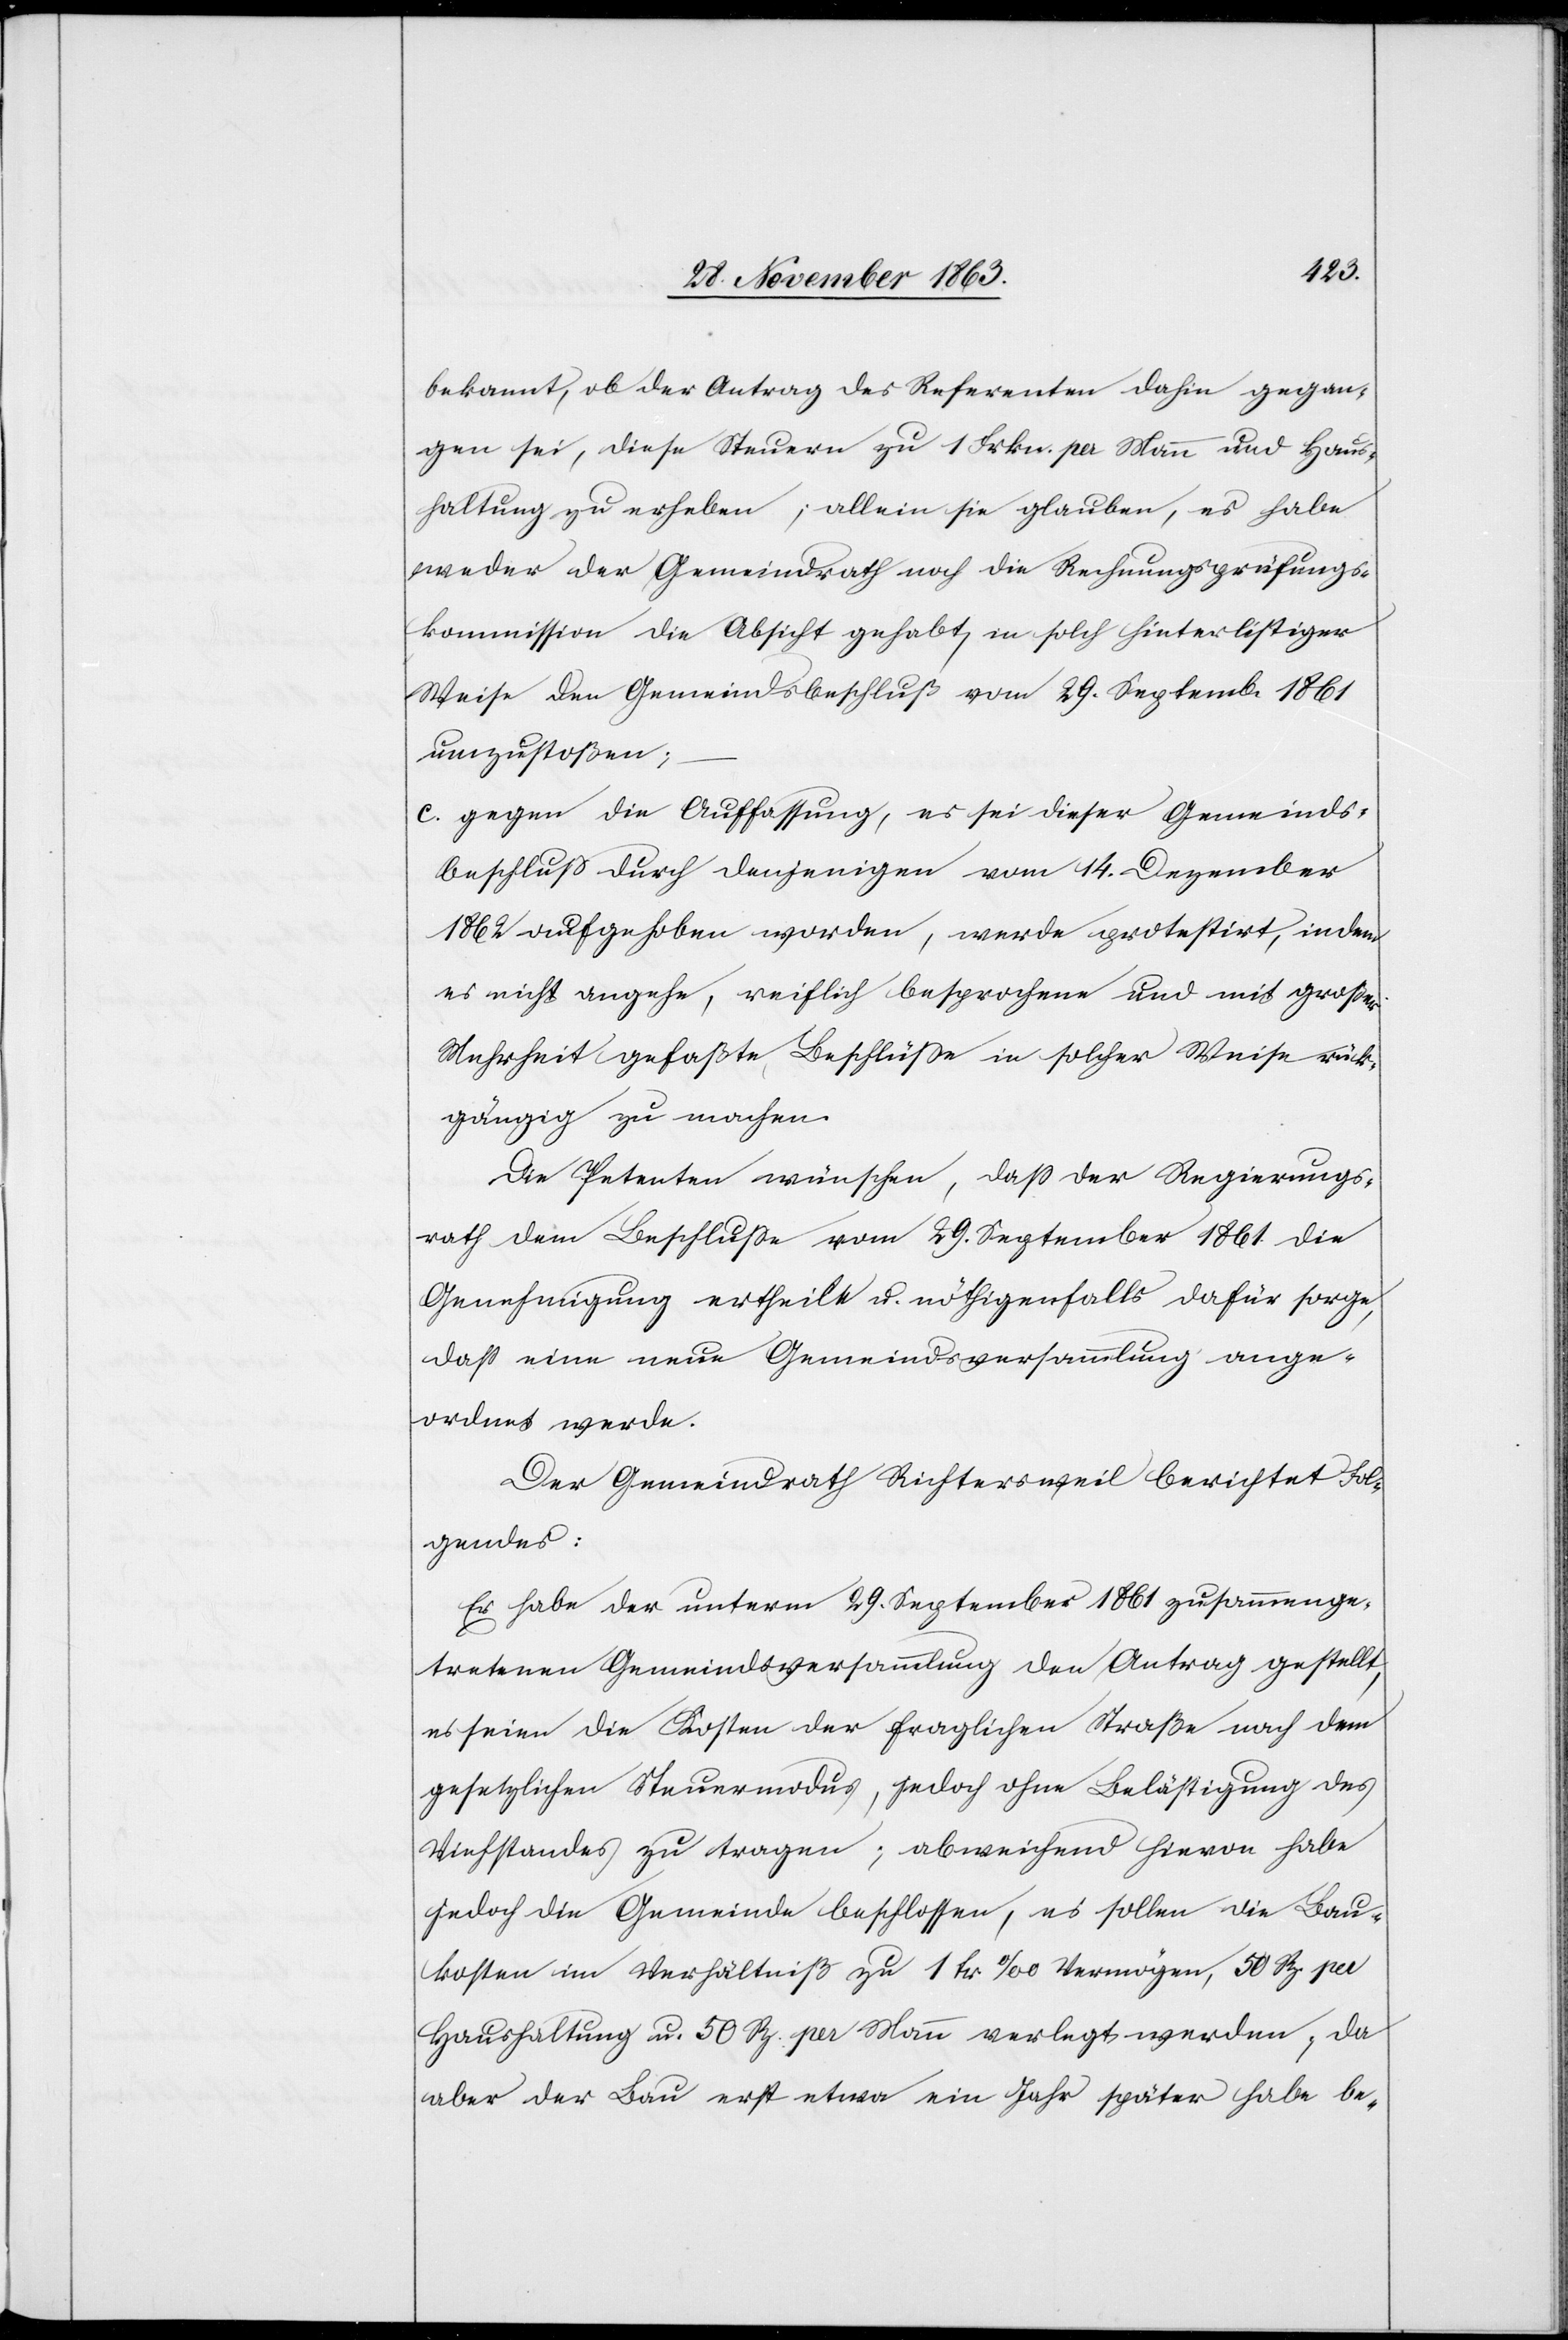
bekannt, ob der Antrag des Referenten dahin gegan¬
gen sei, diese Steuern zu 1 Frkn. per Mann und Haus¬
haltung zu erheben; allein sie glauben, es habe
weder der Gemeindrath noch die Rechnungsprüfungs¬
kommission die Absicht gehabt, in solch hinterlistiger
Weise den Gemeindsbeschluß vom 29. Septemb. 1861
umzustoßen;
c. gegen die Auffassung, es sei dieser Gemeinds¬
beschluß durch denjenigen vom 14. Dezember
1862 aufgehoben worden, werde protestirt, indem
es nicht angehe, reiflich besprochene und mit großer
Mehrheit gefaßte Beschlüsse in solcher Weise rück¬
gängig zu machen.
Die Petenten wünschen, dass der Regierungs¬
rath dem Beschlusse vom 29. September 1861 die
Genehmigung ertheilt u. nöthigenfalls dafür sorge,
dass eine neue Gemeindsversammlung ange¬
ordnet werde.
Der Gemeindrath Richtersweil berichtet Fol¬
gendes:
Er habe der unterm 29. September 1861 zusammenge¬
tretenen Gemeindsversammlung den Antrag gestellt,
es seien die Kosten der fraglichen Straße nach dem
gesetzlichen Steuermodus, jedoch ohne Belästigung des
Viehstandes zu tragen; abweichend hievon habe
jedoch die Gemeinde beschlossen, es sollen die Bau¬
kosten im Verhältniß zu 1 fr. ‰ Vermögen, 50 Rp. per
Haushaltung u. 50 Rp. per Mann verlegt werden; da
aber der Bau erst etwa ein Jahr später habe be-